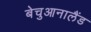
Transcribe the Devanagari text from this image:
बेचुआनालैंड